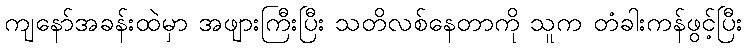
ကျနော်အခန်းထဲမှာ အဖျားကြီးပြီး သတိလစ်နေတာကို သူက တံခါးကန်ဖွင့်ပြီး